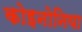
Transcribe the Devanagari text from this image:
कोइनोनिया